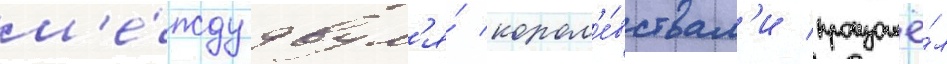
м'е́жду двум'я́ корол'е́вствам'и произошё́л